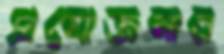
প্রযোজনার